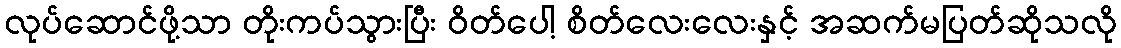
လုပ်ဆောင်ဖို့သာ တိုးကပ်သွားပြီး ဝိတ်ပေါ့ စိတ်လေးလေးနှင့် အဆက်မပြတ်ဆိုသလို